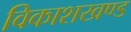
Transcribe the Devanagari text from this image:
विकाशखण्ड